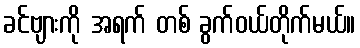
ခင်ဗျားကို အရက် တစ် ခွက်ဝယ်တိုက်မယ်။